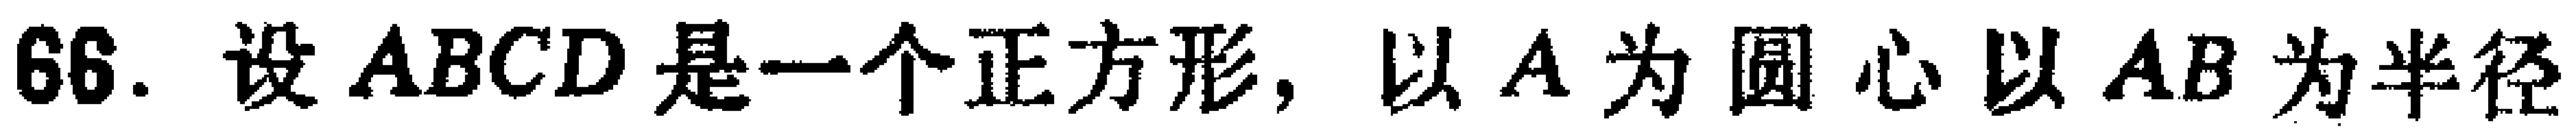
66. 设 \(ABCD\) 是一个正方形，以 \(A\) 为圆心以 \(AB\) 为半径